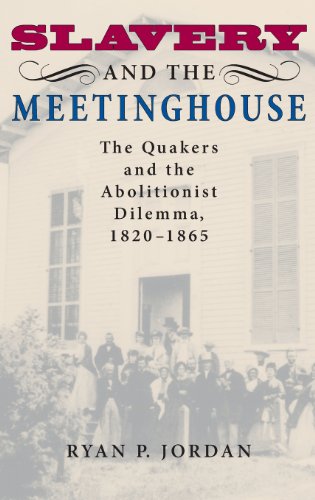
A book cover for Slavery and the Meetinghouse: The Quakers and the Abolitionist Dilemma, 1820-1865; Ryan P. Jordan; Christian Books & Bibles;